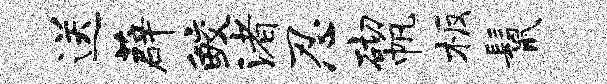
送薜鲛渚忍砌帆板鬣